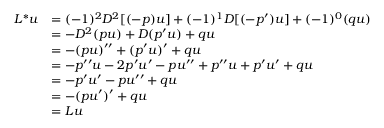
{ \begin{array} { r l } { L ^ { * } u } & { = ( - 1 ) ^ { 2 } D ^ { 2 } [ ( - p ) u ] + ( - 1 ) ^ { 1 } D [ ( - p ^ { \prime } ) u ] + ( - 1 ) ^ { 0 } ( q u ) } \\ & { = - D ^ { 2 } ( p u ) + D ( p ^ { \prime } u ) + q u } \\ & { = - ( p u ) ^ { \prime \prime } + ( p ^ { \prime } u ) ^ { \prime } + q u } \\ & { = - p ^ { \prime \prime } u - 2 p ^ { \prime } u ^ { \prime } - p u ^ { \prime \prime } + p ^ { \prime \prime } u + p ^ { \prime } u ^ { \prime } + q u } \\ & { = - p ^ { \prime } u ^ { \prime } - p u ^ { \prime \prime } + q u } \\ & { = - ( p u ^ { \prime } ) ^ { \prime } + q u } \\ & { = L u } \end{array} }